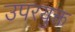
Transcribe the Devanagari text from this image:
उपरयुक्त